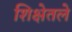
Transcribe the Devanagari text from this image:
शिक्षेतले